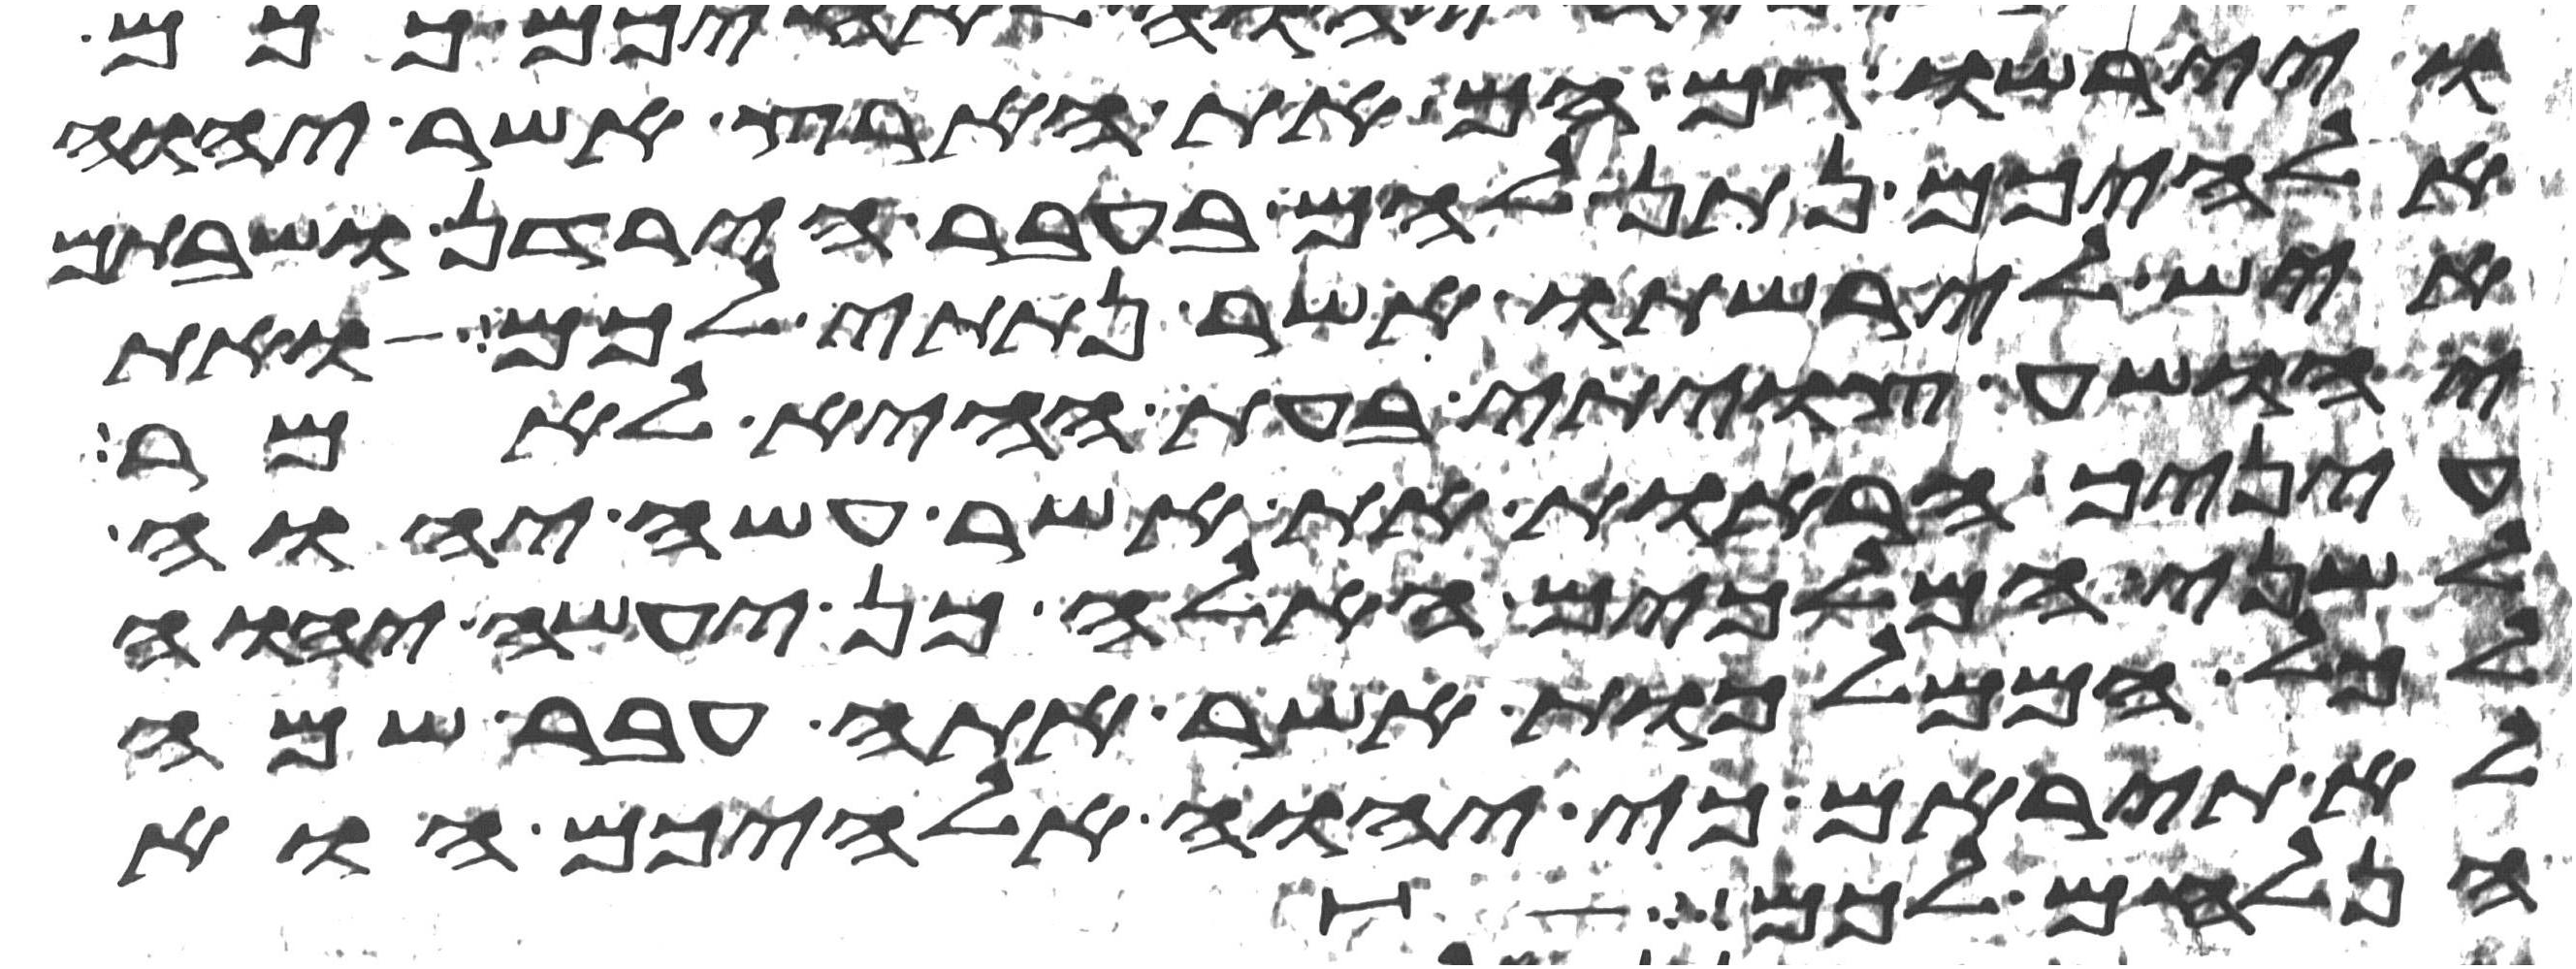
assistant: ויירשו גם הם את הארץ אשר יהוה
אלהיכם נתן להם בעבר הירדן ושבתם
איש לירשתו אשר נתתי לכם ואת
יהושע צויתי בעת ההיא לאמר
עיניך הראות את אשר עשה יהוה
לשני המלכים האלה כן יעשה יהוה
לכל הממלכות אשר אתה עבר שמה
לא תיראם כי יהוה אלהיכם הוא
הנלחם לכם